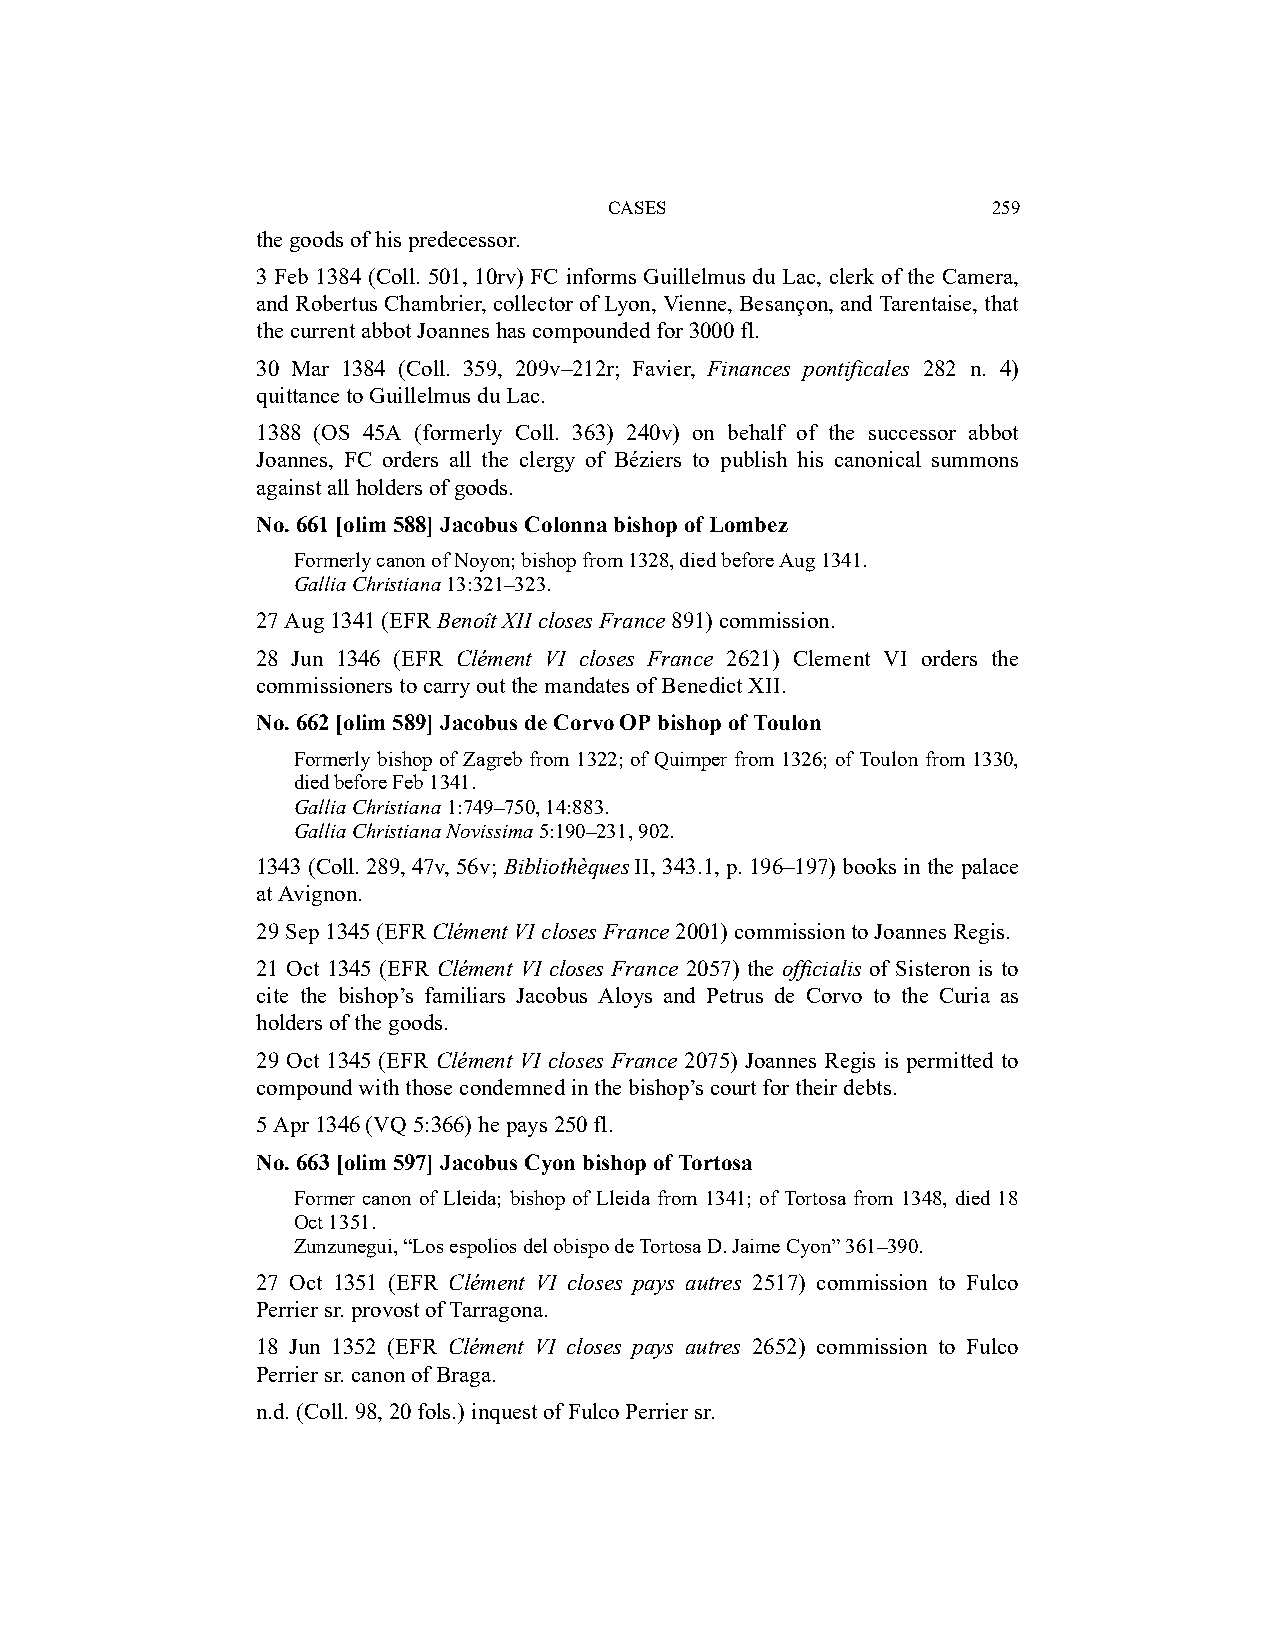
CASES                     259
 the goods of his predecessor.
 3 Feb 1384 (Coll. 501, 10rv) FC informs Guillelmus du Lac, clerk of the Camera,
 and Robertus Chambrier, collector of Lyon, Vienne, Besançon, and Tarentaise, that
 the current abbot Joannes has compounded for 3000 fl.
 30 Mar 1384 (Coll. 359, 209v–212r; Favier, Finances pontificales 282 n. 4)
 quittance to Guillelmus du Lac.
 1388 (OS 45A (formerly Coll. 363) 240v) on behalf of the successor abbot
 Joannes, FC orders all the clergy of Béziers to publish his canonical summons
 against all holders of goods.
 No. 661 [olim 588] Jacobus Colonna bishop of Lombez
 Formerly canon of Noyon; bishop from 1328, died before Aug 1341.
 Gallia Christiana 13:321–323.
 27 Aug 1341 (EFR Benoît XII closes France 891) commission.
 28 Jun 1346 (EFR Clément VI closes France 2621) Clement VI orders the
 commissioners to carry out the mandates of Benedict XII.
 No. 662 [olim 589] Jacobus de Corvo OP bishop of Toulon
 Formerly bishop of Zagreb from 1322; of Quimper from 1326; of Toulon from 1330,
 died before Feb 1341.
 Gallia Christiana 1:749–750, 14:883.
 Gallia Christiana Novissima 5:190–231, 902.
 1343 (Coll. 289, 47v, 56v; Bibliothèques II, 343.1, p. 196–197) books in the palace
 at Avignon.
 29 Sep 1345 (EFR Clément VI closes France 2001) commission to Joannes Regis.
 21 Oct 1345 (EFR Clément VI closes France 2057) the officialis of Sisteron is to
 cite the bishop’s familiars Jacobus Aloys and Petrus de Corvo to the Curia as
 holders of the goods.
 29 Oct 1345 (EFR Clément VI closes France 2075) Joannes Regis is permitted to
 compound with those condemned in the bishop’s court for their debts.
 5 Apr 1346 (VQ 5:366) he pays 250 fl.
 No. 663 [olim 597] Jacobus Cyon bishop of Tortosa
 Former canon of Lleida; bishop of Lleida from 1341; of Tortosa from 1348, died 18
 Oct 1351.
 Zunzunegui, “Los espolios del obispo de Tortosa D. Jaime Cyon” 361–390.
 27 Oct 1351 (EFR Clément VI closes pays autres 2517) commission to Fulco
 Perrier sr. provost of Tarragona.
 18 Jun 1352 (EFR Clément VI closes pays autres 2652) commission to Fulco
 Perrier sr. canon of Braga.
 n.d. (Coll. 98, 20 fols.) inquest of Fulco Perrier sr.